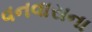
વનવાસના